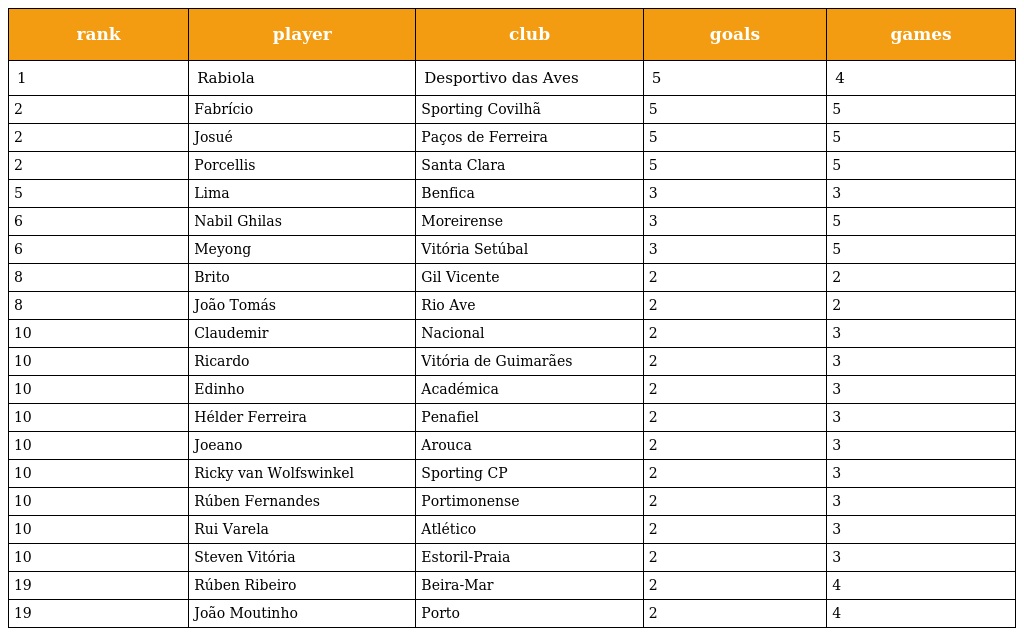
| rank | player | club | goals | games |
 | --- | --- | --- | --- | --- |
 | 1 | Rabiola | Desportivo das Aves | 5 | 4 |
 | 2 | Fabrício | Sporting Covilhã | 5 | 5 |
 | 2 | Josué | Paços de Ferreira | 5 | 5 |
 | 2 | Porcellis | Santa Clara | 5 | 5 |
 | 5 | Lima | Benfica | 3 | 3 |
 | 6 | Nabil Ghilas | Moreirense | 3 | 5 |
 | 6 | Meyong | Vitória Setúbal | 3 | 5 |
 | 8 | Brito | Gil Vicente | 2 | 2 |
 | 8 | João Tomás | Rio Ave | 2 | 2 |
 | 10 | Claudemir | Nacional | 2 | 3 |
 | 10 | Ricardo | Vitória de Guimarães | 2 | 3 |
 | 10 | Edinho | Académica | 2 | 3 |
 | 10 | Hélder Ferreira | Penafiel | 2 | 3 |
 | 10 | Joeano | Arouca | 2 | 3 |
 | 10 | Ricky van Wolfswinkel | Sporting CP | 2 | 3 |
 | 10 | Rúben Fernandes | Portimonense | 2 | 3 |
 | 10 | Rui Varela | Atlético | 2 | 3 |
 | 10 | Steven Vitória | Estoril-Praia | 2 | 3 |
 | 19 | Rúben Ribeiro | Beira-Mar | 2 | 4 |
 | 19 | João Moutinho | Porto | 2 | 4 |